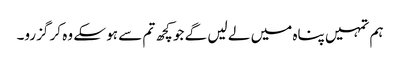
ہم تمہیں پناہ میں لے لیں گے جو کچھ تم سے ہو سکے وہ کر گزرو۔